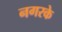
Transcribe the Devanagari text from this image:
नगरके